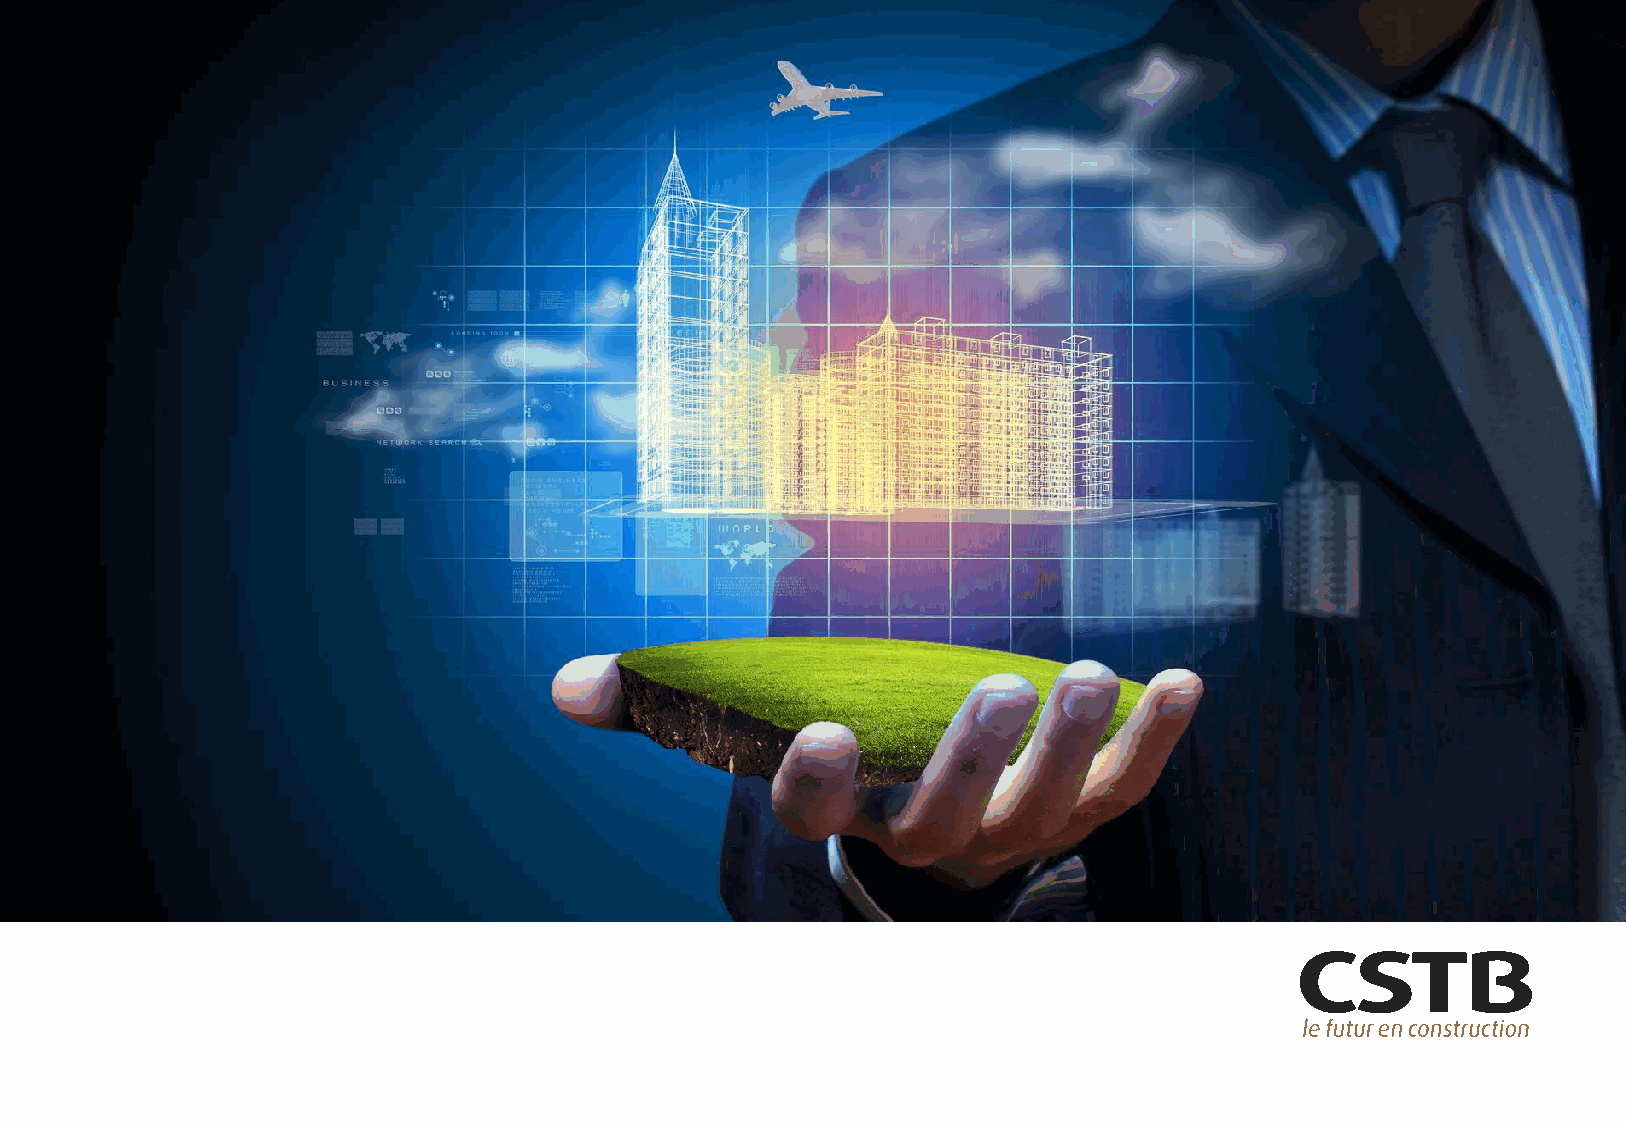
Thank            you       for     your        attention